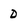
Character: d